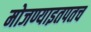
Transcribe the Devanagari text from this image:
मोजण्याइतपतच